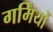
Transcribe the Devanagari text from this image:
गर्मिंयों